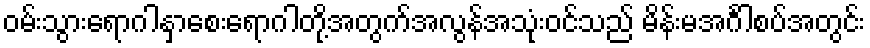
ဝမ်းသွားရောဂါနှာစေးရောဂါတို့အတွက်အလွန်အသုံးဝင်သည် မိန်းမအင်္ဂါစပ်အတွင်း